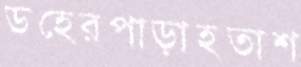
ডহেরপাড়াহতাশ